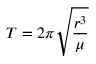
T = 2 \pi { \sqrt { \frac { r ^ { 3 } } { \mu } } }